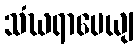
သံဃရာပေယျ